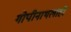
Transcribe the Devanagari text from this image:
गोपीनाथलाही